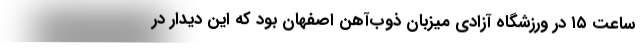
ساعت ۱۵ در ورزشگاه آزادی میزبان ذوب‌آهن اصفهان بود که این دیدار در